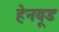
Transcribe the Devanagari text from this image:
हेनवूड